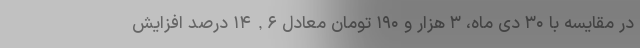
در مقایسه با ۳۰ دی ماه، ۳ هزار و ۱۹۰ تومان معادل ۱۴,۶ درصد افزایش